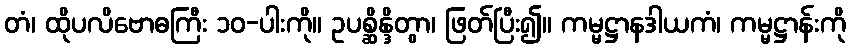
တံ၊ ထိုပလိဗောဓကြီး ၁၀-ပါးကို။ ဥပစ္ဆိန္ဒိတွာ၊ ဖြတ်ပြီး၍။ ကမ္မဋ္ဌာနဒါယကံ၊ ကမ္မဋ္ဌာန်းကို